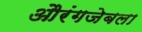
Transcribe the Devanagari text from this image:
औरंगजेबला